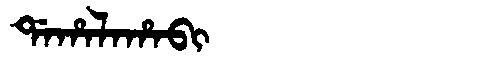
Manchu: ᡩᠠᡥᠠᠯᠠᡥᠠᠪᡳ
Romanization: DAHALAHABI